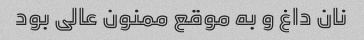
نان داغ و به موقع ممنون عالی بود